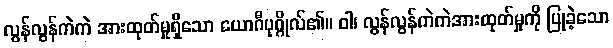
လွန်လွန်ကဲကဲ အားထုတ်မှုရှိသော ယောဂီပုဂ္ဂိုလ်၏။ ဝါ၊ လွန်လွန်ကဲကဲအားထုတ်မှုကို ပြုခဲ့သော